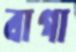
বাগা